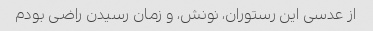
از عدسی این رستوران، نونش، و زمان رسیدن راضی بودم